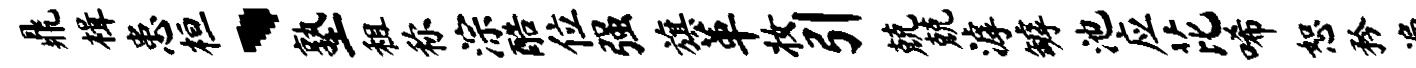
鼎楫患桓、塾租称淙酷位强旗革妆引兢兢滹罅池应芘唏恕矜遍